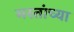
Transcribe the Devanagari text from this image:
मस्तांच्या